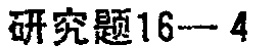
研究题16—4